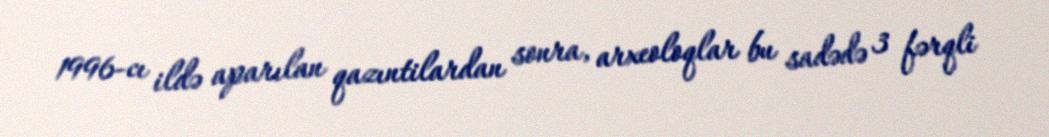
1996-cı ildə aparılan qazıntilardan sonra, arxeoloqlar bu sadədə 3 fərqli